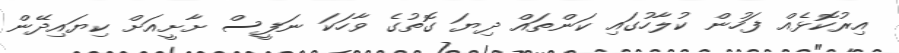
އިރުކޮޅެއް ފަހުން ކުލާހުގައި ކަންތައް ދިޔަ ގޮތުގެ ވާހަކަ ނަފީސް ށާށީއަށް ކިޔައިދޭން